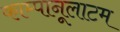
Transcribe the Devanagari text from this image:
काम्पानूलाटम